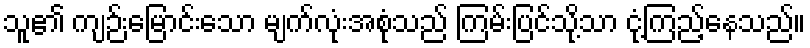
သူ၏ ကျဉ်းမြောင်းသော မျက်လုံးအစုံသည် ကြမ်းပြင်သို့သာ ငုံ့ကြည့်နေသည်။